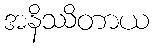
အနိဿိတာယ